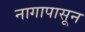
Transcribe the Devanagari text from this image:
नागापासून